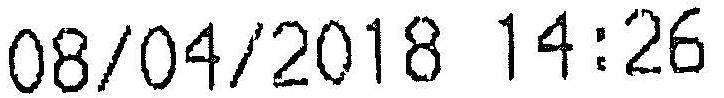
08/04/2018 14:26